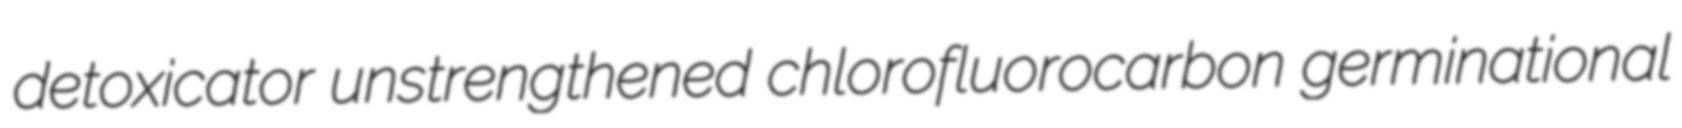
detoxicator unstrengthened chlorofluorocarbon germinational